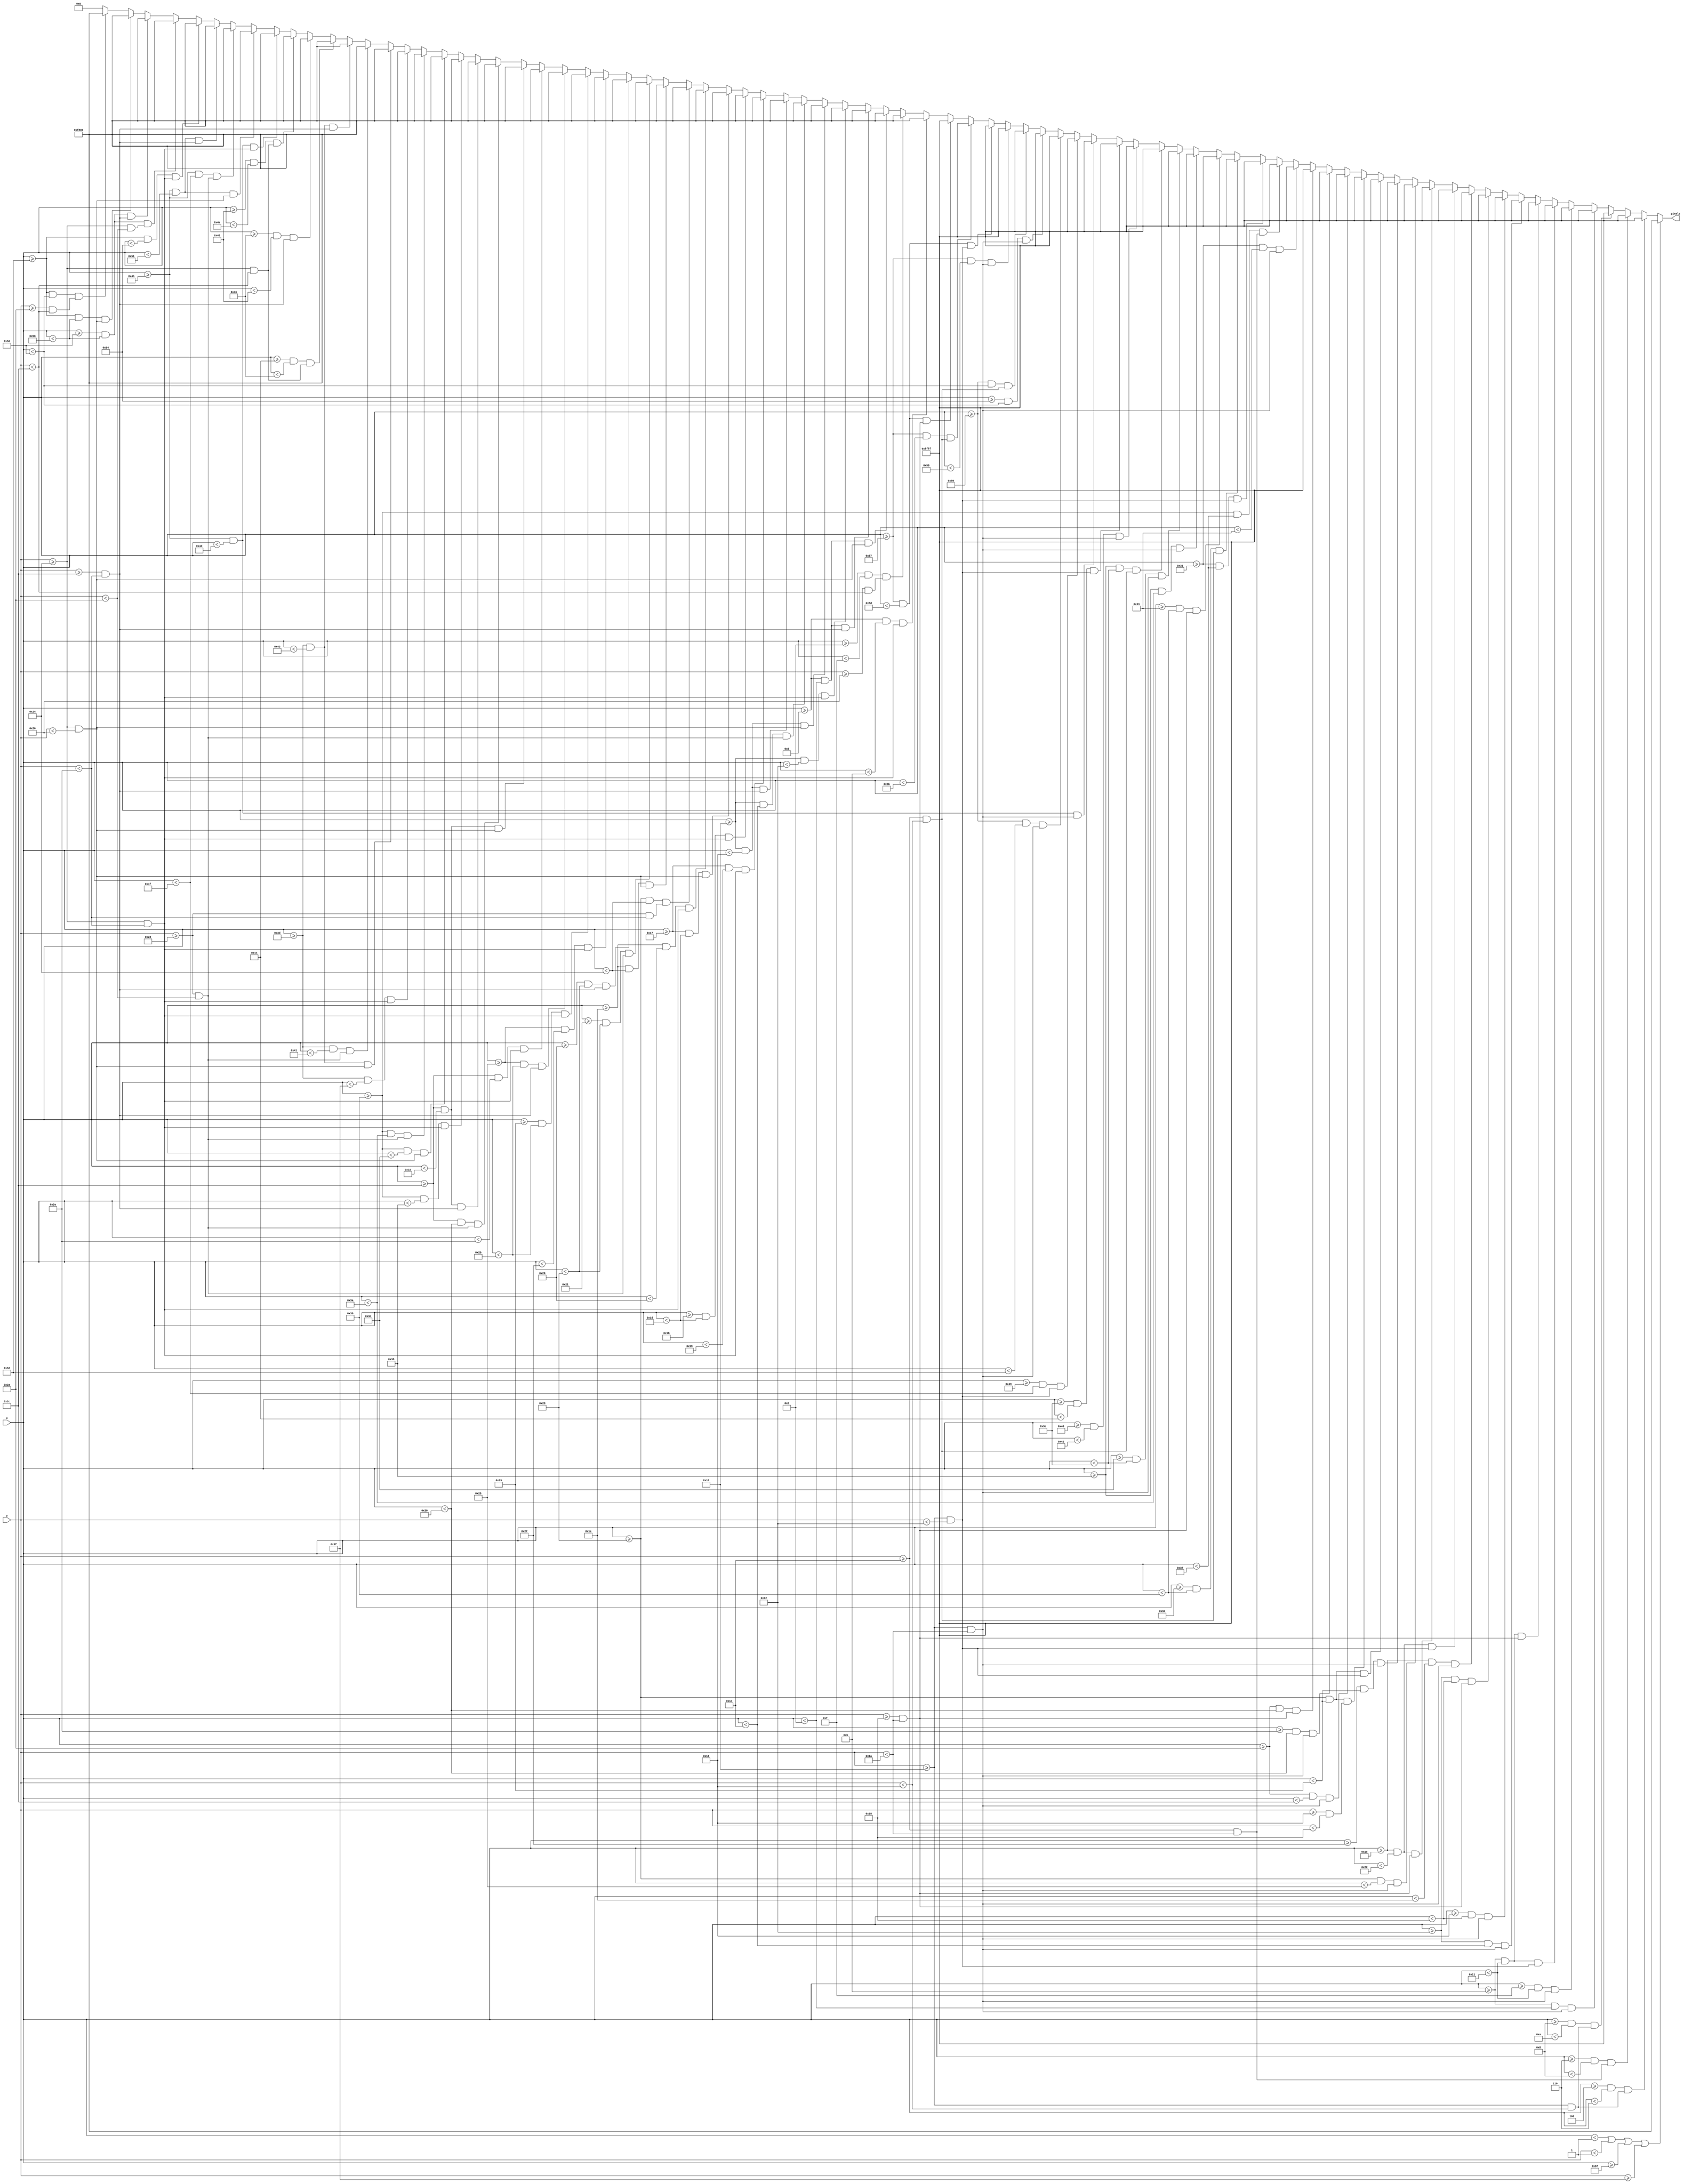
`timescale 1ns / 1ps
//////////////////////////////////////////////////////////////////////////////////
// Company: 
// Engineer: 
// 
// Design Name: 
// Module Name: m2_death_scrn
// Project Name: 
// Target Devices: 
// Tool Versions: 
// Description: 
// 
// Dependencies: 
// 
// Revision:
// Revision 0.01 - File Created
// Additional Comments:
// 
//////////////////////////////////////////////////////////////////////////////////


module m2_death_scrn(
    input [6:0] x,
    input [5:0] y,
    output reg [15:0] pixels
    );
    
    always @ (*) begin
             if (x < 1 || y < 1 || x >= 95 || y >= 63)                  pixels = 16'hF800;

//        m2 death
        else if ((x >= 4   && x < 4+2) && (y >= 16   && y < 16+6))      pixels = 16'hFFFF;
        else if ((x >= 4+2 && x < 4+4) && (y >= 16+4 && y < 16+10))     pixels = 16'hFFFF;
        else if ((x >= 4+4 && x < 4+6) && (y >= 16   && y < 16+6))      pixels = 16'hFFFF;
        else if ((x >= 11 && x < 11+2)   && (y >= 16 && y < 16+10))     pixels = 16'hFFFF;
        else if ((x >= 11+4 && x < 11+6) && (y >= 16 && y < 16+10))     pixels = 16'hFFFF;
        else if ((x >= 11 && x < 11+6)   && (y >= 16 && y < 16+2))      pixels = 16'hFFFF;
        else if ((x >= 11 && x < 11+6)   && (y >= 16+8 && y < 16+10))   pixels = 16'hFFFF;
        else if ((x >= 18 && x < 18+2)   && (y >= 16 && y < 16+10))     pixels = 16'hFFFF;
        else if ((x >= 18+4 && x < 18+6) && (y >= 16 && y < 16+10))     pixels = 16'hFFFF;
        else if ((x >= 18 && x < 18+6)   && (y >= 16+8 && y < 16+10))   pixels = 16'hFFFF;
        else if ((x >= 28 && x < 28+2)   && (y >= 16 && y < 16+10))     pixels = 16'hFFFF;
        else if ((x >= 28 && x < 28+6)   && (y >= 16 && y < 16+2))      pixels = 16'hFFFF;
        else if ((x >= 28 && x < 28+6)   && (y >= 16+8 && y < 16+10))   pixels = 16'hFFFF;
        else if ((x >= 35 && x < 35+2)   && (y >= 16 && y < 16+10))     pixels = 16'hFFFF;
        else if ((x >= 35+4 && x < 35+6) && (y >= 16 && y < 16+10))     pixels = 16'hFFFF;
        else if ((x >= 35 && x < 35+6)   && (y >= 16 && y < 16+2))      pixels = 16'hFFFF;
        else if ((x >= 35 && x < 35+6)   && (y >= 16+6 && y < 16+8))    pixels = 16'hFFFF;
        else if ((x >= 42 && x < 42+2)   && (y >= 16 && y < 16+10))     pixels = 16'hFFFF;
        else if ((x >= 42+4 && x < 42+6) && (y >= 16 && y < 16+10))     pixels = 16'hFFFF;
        else if ((x >= 42 && x < 42+6)   && (y >= 16+8 && y < 16+10))   pixels = 16'hFFFF;
        else if ((x >= 49 && x < 49+2)   && (y >= 16 && y < 16+10))     pixels = 16'hFFFF;
        else if ((x >= 49+5 && x < 49+6) && (y >= 16+4 && y < 16+10))   pixels = 16'hFFFF;
        else if ((x >= 49 && x < 49+6)   && (y >= 16 && y < 16+2))      pixels = 16'hFFFF;
        else if ((x >= 49+3 && x < 49+5) && (y >= 16+4 && y < 16+6))    pixels = 16'hFFFF;
        else if ((x >= 49+2 && x < 49+5) && (y >= 16+8 && y < 16+10))   pixels = 16'hFFFF;
        else if ((x >= 56 && x < 56+2)   && (y >= 16 && y < 16+10))     pixels = 16'hFFFF;
        else if ((x >= 56+4 && x < 56+6) && (y >= 16 && y < 16+10))     pixels = 16'hFFFF;
        else if ((x >= 56 && x < 56+6)   && (y >= 16+4 && y < 16+6))    pixels = 16'hFFFF;
        else if ((x >= 62+2 && x < 62+4) && (y >= 16 && y < 16+10))     pixels = 16'hFFFF;
        else if ((x >= 62 && x < 62+6)   && (y >= 16 && y < 16+2))      pixels = 16'hFFFF;
        else if ((x >= 73+2 && x < 73+4) && (y >= 16 && y < 16+10))     pixels = 16'hFFFF;
        else if ((x >= 73 && x < 73+6)   && (y >= 16 && y < 16+2))      pixels = 16'hFFFF;
        else if ((x >= 80 && x < 80+2)   && (y >= 16 && y < 16+10))     pixels = 16'hFFFF;
        else if ((x >= 80+4 && x < 80+6) && (y >= 16 && y < 16+10))     pixels = 16'hFFFF;
        else if ((x >= 80 && x < 80+6)   && (y >= 16+4 && y < 16+6))    pixels = 16'hFFFF;
        else if ((x >= 87 && x < 87+2)   && (y >= 16 && y < 16+10))     pixels = 16'hFFFF;
        else if ((x >= 87 && x < 87+6)   && (y >= 16 && y < 16+2))      pixels = 16'hFFFF;
        else if ((x >= 87 && x < 87+4)   && (y >= 16+4 && y < 16+6))    pixels = 16'hFFFF;
        else if ((x >= 87 && x < 87+6)   && (y >= 16+8 && y < 16+10))   pixels = 16'hFFFF;
        else if ((x >= 9 && x < 9+2)   && (y >= 36 && y < 36+10))       pixels = 16'hF800;
        else if ((x >= 9+4 && x < 9+6) && (y >= 36+2 && y < 36+8))      pixels = 16'hF800;
        else if ((x >= 9 && x < 9+4)   && (y >= 36 && y < 36+2))        pixels = 16'hF800;
        else if ((x >= 9 && x < 9+4)   && (y >= 36+8 && y < 36+10))     pixels = 16'hF800;
        else if ((x >= 16 && x < 16+2)   && (y >= 36 && y < 36+10))     pixels = 16'hF800;
        else if ((x >= 16 && x < 16+6)   && (y >= 36 && y < 36+2))      pixels = 16'hF800;
        else if ((x >= 16 && x < 16+4)   && (y >= 36+4 && y < 36+6))    pixels = 16'hF800;
        else if ((x >= 16 && x < 16+6)   && (y >= 36+8 && y < 36+10))   pixels = 16'hF800;
        else if ((x >= 23 && x < 23+2)   && (y >= 36 && y < 36+10))     pixels = 16'hF800;
        else if ((x >= 23+4 && x < 23+6) && (y >= 36 && y < 36+10))     pixels = 16'hF800;
        else if ((x >= 23 && x < 23+6)   && (y >= 36 && y < 36+2))      pixels = 16'hF800;
        else if ((x >= 30 && x < 30+2)   && (y >= 36 && y < 36+10))     pixels = 16'hF800;
        else if ((x >= 30+5 && x < 30+6) && (y >= 36+4 && y < 36+10))   pixels = 16'hF800;
        else if ((x >= 30 && x < 30+6)   && (y >= 36 && y < 36+2))      pixels = 16'hF800;
        else if ((x >= 30+3 && x < 30+5) && (y >= 36+4 && y < 36+6))    pixels = 16'hF800;
        else if ((x >= 30+2 && x < 30+5) && (y >= 36+8 && y < 36+10))   pixels = 16'hF800;
        else if ((x >= 37 && x < 37+2)   && (y >= 36 && y < 36+10))     pixels = 16'hF800;
        else if ((x >= 37+4 && x < 37+6) && (y >= 36 && y < 36+10))     pixels = 16'hF800;
        else if ((x >= 37 && x < 37+6)   && (y >= 36+8 && y < 36+10))   pixels = 16'hF800;
        else if ((x >= 44 && x < 44+2)   && (y >= 36 && y < 36+10))     pixels = 16'hF800;
        else if ((x >= 44 && x < 44+6)   && (y >= 36 && y < 36+2))      pixels = 16'hF800;
        else if ((x >= 44 && x < 44+4)   && (y >= 36+4 && y < 36+6))    pixels = 16'hF800;
        else if ((x >= 44 && x < 44+6)   && (y >= 36+8 && y < 36+10))   pixels = 16'hF800;
        else if ((x >= 54 && x < 54+2)   && (y >= 36 && y < 36+10))     pixels = 16'hF800;
        else if ((x >= 54 && x < 54+6)   && (y >= 36 && y < 36+2))      pixels = 16'hF800;
        else if ((x >= 54 && x < 54+4)   && (y >= 36+4 && y < 36+6))    pixels = 16'hF800;
        else if ((x >= 61 && x < 61+2)   && (y >= 36 && y < 36+10))     pixels = 16'hF800;
        else if ((x >= 61 && x < 61+6)   && (y >= 36 && y < 36+2))      pixels = 16'hF800;
        else if ((x >= 61 && x < 61+4)   && (y >= 36+4 && y < 36+6))    pixels = 16'hF800;
        else if ((x >= 61 && x < 61+6)   && (y >= 36+8 && y < 36+10))   pixels = 16'hF800;
        else if ((x >= 68 && x < 68+2)   && (y >= 36 && y < 36+8))      pixels = 16'hF800;
        else if ((x >= 68+2 && x < 68+4) && (y >= 36+8 && y < 36+10))   pixels = 16'hF800;
        else if ((x >= 68+4 && x < 68+6) && (y >= 36 && y < 36+8))      pixels = 16'hF800;
        else if ((x >= 75 && x < 75+2)   && (y >= 36 && y < 36+10))     pixels = 16'hF800;
        else if ((x >= 75 && x < 75+6)   && (y >= 36 && y < 36+2))      pixels = 16'hF800;
        else if ((x >= 75 && x < 75+4)   && (y >= 36+4 && y < 36+6))    pixels = 16'hF800;
        else if ((x >= 75 && x < 75+6)   && (y >= 36+8 && y < 36+10))   pixels = 16'hF800;
        else if ((x >= 82 && x < 82+2)   && (y >= 36 && y < 36+10))     pixels = 16'hF800;
        else if ((x >= 82+4 && x < 82+6) && (y >= 36 && y < 36+6))      pixels = 16'hF800;
        else if ((x >= 82+4 && x < 82+6) && (y >= 36+8 && y < 36+10))   pixels = 16'hF800;
        else if ((x >= 82 && x < 82+6)   && (y >= 36 && y < 36+2))      pixels = 16'hF800;
        else if ((x >= 82 && x < 82+4)   && (y >= 36+6 && y < 36+8))    pixels = 16'hF800;
        else pixels = 16'h0000;
    end

endmodule